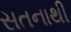
સતનાથી